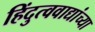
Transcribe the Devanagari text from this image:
हिंदुत्ववाद्यांच्या